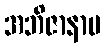
အဘိဇာနာမ